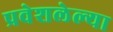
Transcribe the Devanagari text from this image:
प्रवेशलेल्या